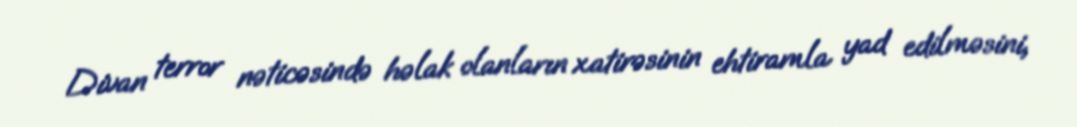
Divan terror nəticəsində həlak olanların xatirəsinin ehtiramla yad edilməsini,